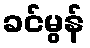
ခင်မွန်